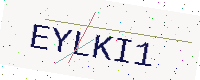
Text: EYLKI1